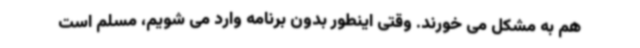
هم به مشکل می خورند. وقتی اینطور بدون برنامه وارد می شویم، مسلم است